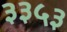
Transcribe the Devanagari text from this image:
३३५३